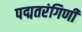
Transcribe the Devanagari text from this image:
पद्मतरंगिणी